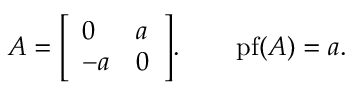
A = { \left[ \begin{array} { l l } { 0 } & { a } \\ { - a } & { 0 } \end{array} \right] } . \qquad \operatorname { p f } ( A ) = a .